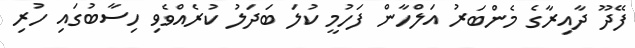
ފޭދޫ ދާއިރާގެ މެންބަރު އަލްހާން ފަހުމީ ކުލަ ބަދަލު ކުރެއްވެވި ހިސާބުގައި ހުރި